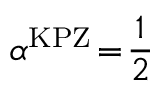
\alpha ^ { \mathrm { K P Z } } \! = \! \frac { 1 } { 2 }